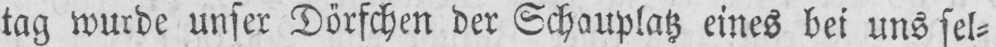
tag wurde unser Dörfchen der Schauplatz eines bei uns sel⸗